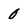
Character: 0